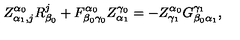
Z _ { \alpha _ { 1 } , j } ^ { \alpha _ { 0 } } R _ { \beta _ { 0 } } ^ { j } + F _ { \beta _ { 0 } \gamma _ { 0 } } ^ { \alpha _ { 0 } } Z _ { \alpha _ { 1 } } ^ { \gamma _ { 0 } } = - Z _ { \gamma _ { 1 } } ^ { \alpha _ { 0 } } G _ { \beta _ { 0 } \alpha _ { 1 } } ^ { \gamma _ { 1 } } ,